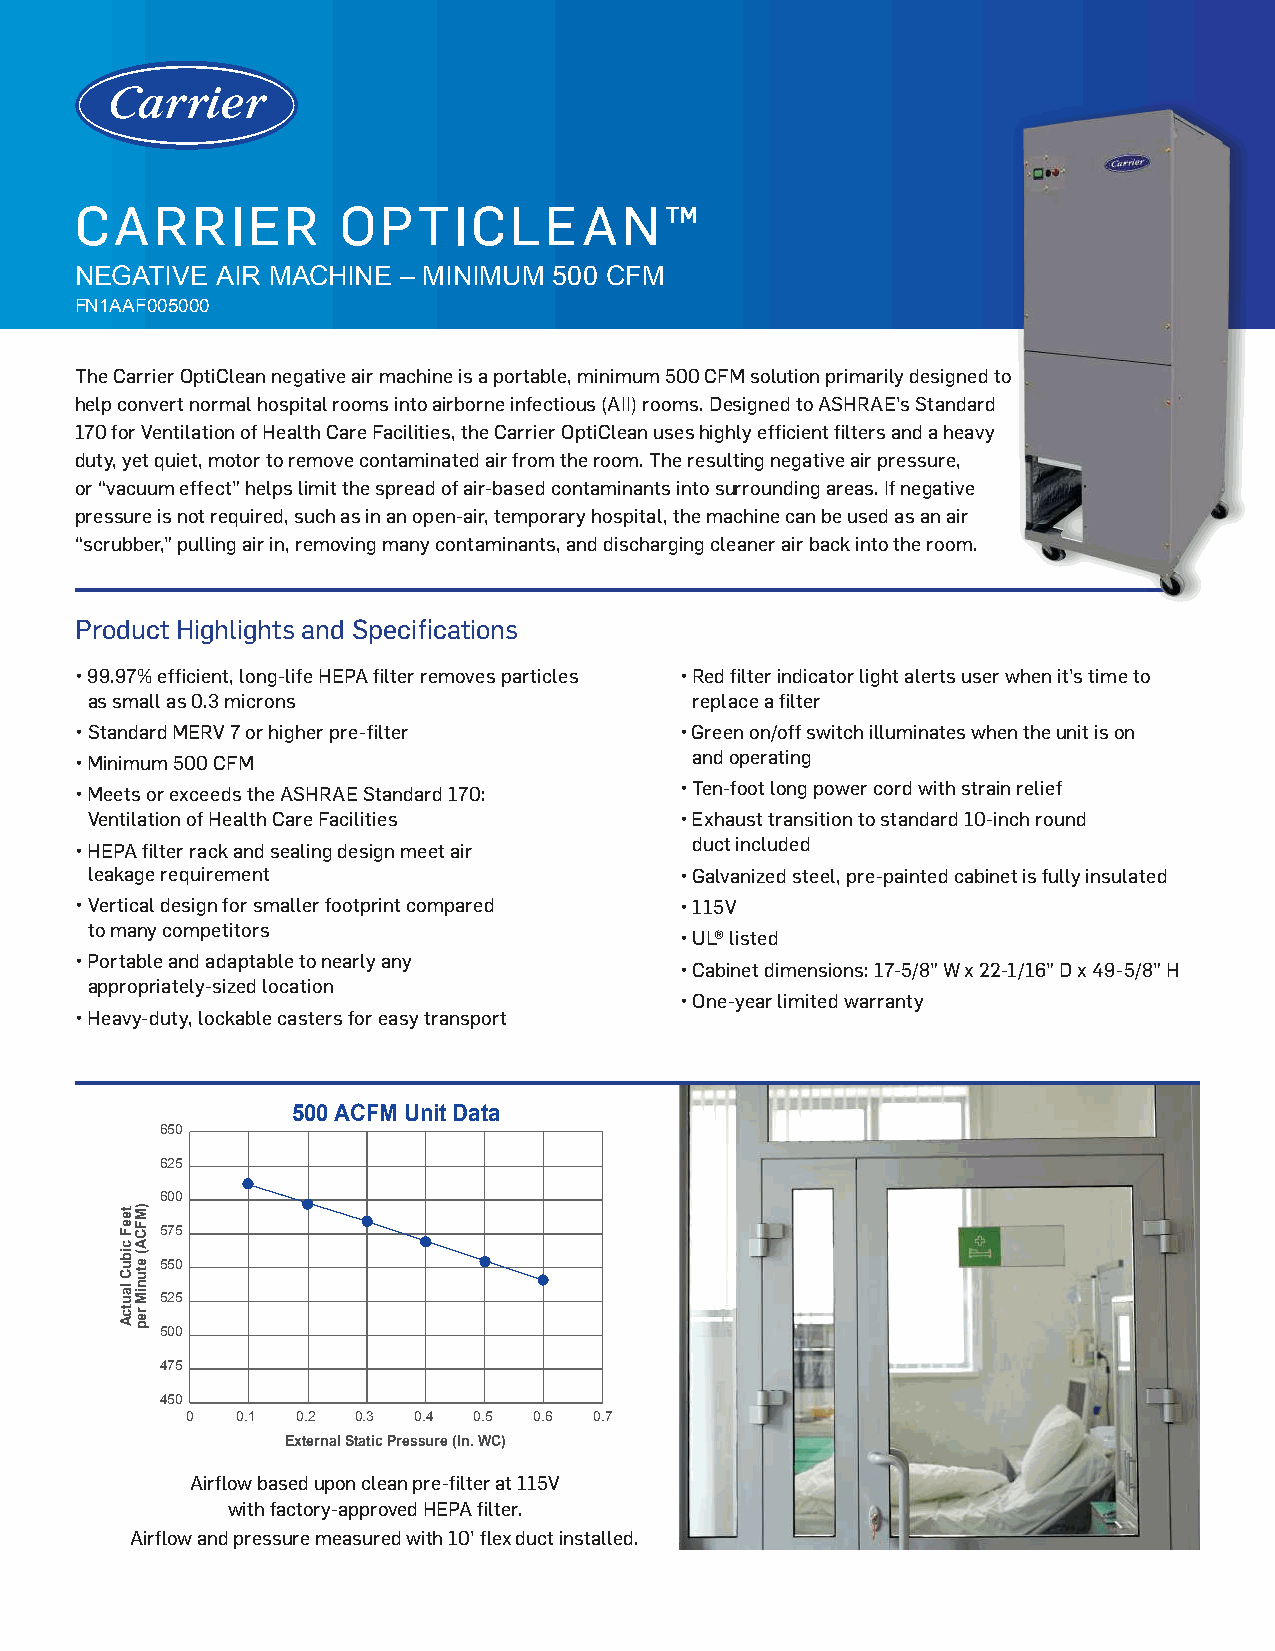
CARRIER          OPTICLEAN™
 NEGATIVE AIR MACHINE  – MINIMUM 500 CFM
 FN1AAF005000
 The Carrier OptiClean negative air machine is a portable, minimum 500 CFM solution primarily designed to
 help convert normal hospital rooms into airborne infectious (AII) rooms. Designed to ASHRAE’s Standard
 170 for Ventilation of Health Care Facilities, the Carrier OptiClean uses highly efficient filters and a heavy
 duty, yet quiet, motor to remove contaminated air from the room. The resulting negative air pressure,
 or “vacuum effect” helps limit the spread of air-based contaminants into surrounding areas. If negative
 pressure is not required, such as in an open-air, temporary hospital, the machine can be used as an air
 “scrubber,” pulling air in, removing many contaminants, and discharging cleaner air back into the room.
 Product Highlights and Specifications
 • 99.97% efficient, long-life HEPA filter removes particles • Red filter indicator light alerts user when it’s time to
 as small as 0.3 microns                 replace a filter
 • Standard MERV 7 or higher pre-filter  • Green on/off switch illuminates when the unit is on
 • Minimum 500 CFM                        and operating
 • Meets or exceeds the ASHRAE Standard 170: • Ten-foot long power cord with strain relief
 Ventilation of Health Care Facilities  • Exhaust transition to standard 10-inch round
 • HEPA filter rack and sealing design meet air duct included
 leakage requirement                    • Galvanized steel, pre-painted cabinet is fully insulated
 • Vertical design for smaller footprint compared • 115V
 to many competitors
 • UL® listed
 • Portable and adaptable to nearly any
 • Cabinet dimensions: 17-5/8” W x 22-1/16” D x 49-5/8” H
 appropriately-sized location
 • One-year limited warranty
 • Heavy-duty, lockable casters for easy transport
 500 ACFM Unit Data
 650
 625
 600
 575
 550
 525
 500
 475
 450
 0   0.1 0.2 0.3 0.4 0.5 0.6 0.7
 External Static Pressure (In. WC)
 Airflow based upon clean pre-filter at 115V
 with factory-approved HEPA filter.
 Airflow and pressure measured with 10’ flex duct installed.
 teeF
 cibuC
 lautcA
 )MFCA(
 etuniM
 rep